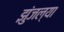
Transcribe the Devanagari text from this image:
झुंजल्या